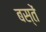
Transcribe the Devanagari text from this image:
बस्‍तें